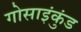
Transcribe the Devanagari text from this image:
गोसाइंकुंड